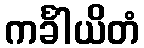
ကင်္ခါယိတံ